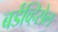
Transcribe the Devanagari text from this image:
बर्डव्हिसेल